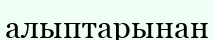
алыптарынан